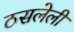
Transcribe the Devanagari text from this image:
ठसलेली